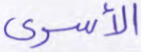
الأسرى